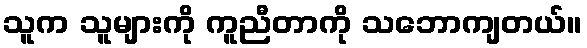
သူက သူများကို ကူညီတာကို သဘောကျတယ်။